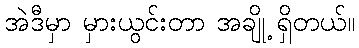
အဲဒီမှာ မှားယွင်းတာ အချို့ ရှိတယ်။